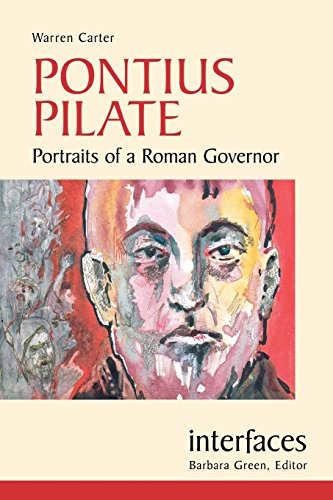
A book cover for Pontius Pilate: Portraits of a Roman Governor (Interfaces series); Warren Carter; Health, Fitness & Dieting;